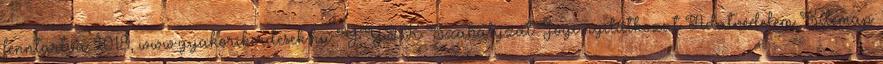
fenntartva 2018, www.gyakorikerdesek.hu GYIK Szabályzat Jogi nyilatkozat Adatvédelem Sitemap